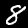
Label: 8